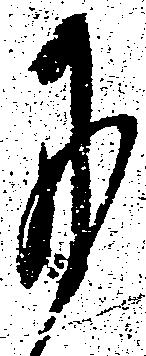
に